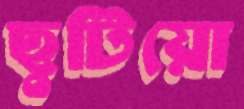
ছুটিয়ো